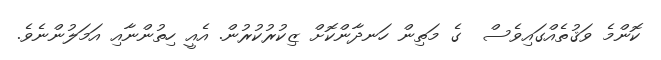
ކޮންމެ ވަޤުތެއްގައިވެސް  ގެ މަތިން ހަނދާންކޮށް ޒިކުރުކުރުން. އެއީ ހިތުންނާއި އަމަލުންނެވެ.